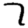
Digit: 7